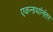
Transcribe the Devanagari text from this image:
एकनाथांनंतर